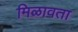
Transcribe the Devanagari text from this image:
मिळावता